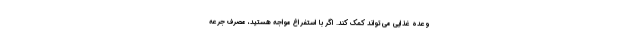
وعده غذایی می تواند کمک کند. اگر با استفراغ مواجه هستید، مصرف جرعه